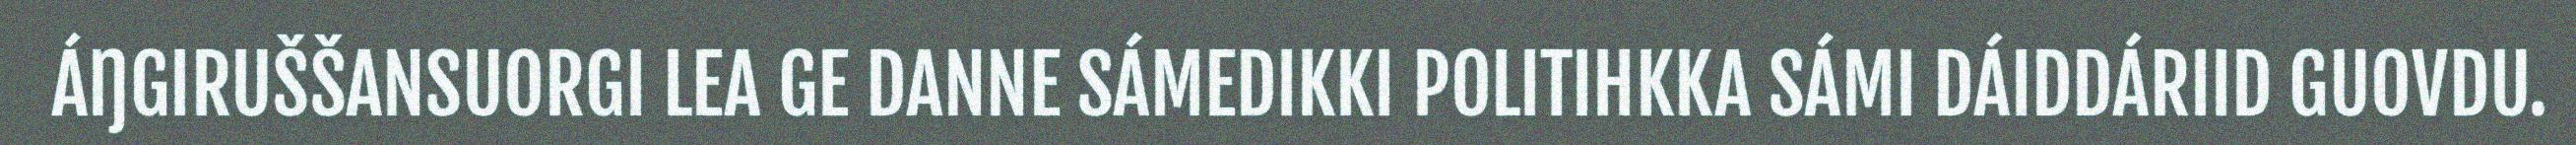
ÁŊGIRUŠŠANSUORGI LEA GE DANNE SÁMEDIKKI POLITIHKKA SÁMI DÁIDDÁRIID GUOVDU.